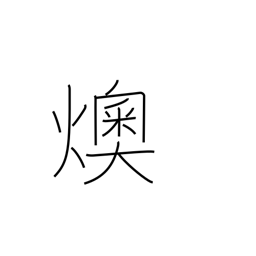
Meaning: embers